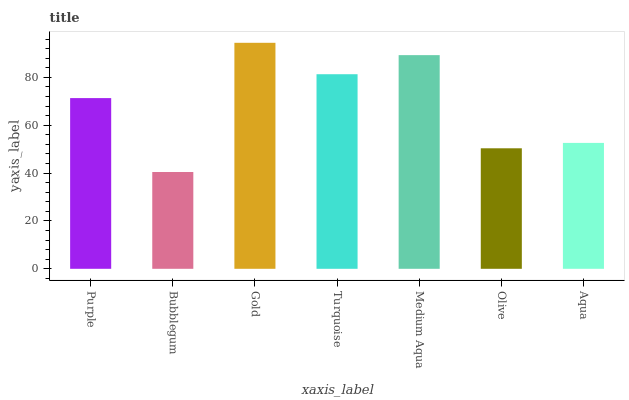
| xaxis_label | bars |
 | --- | --- |
 | Purple | 71.4 |
 | Bubblegum | 40.5 |
 | Gold | 94.5 |
 | Turquoise | 81.3 |
 | Medium Aqua | 89.3 |
 | Olive | 50.4 |
 | Aqua | 52.6 |